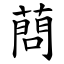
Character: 蔄